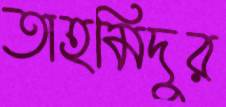
তাহমিদুর